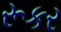
રૂકર